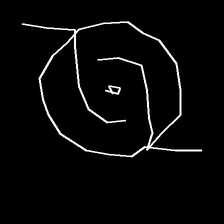
Glyph: repetition